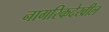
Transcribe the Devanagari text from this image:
नागरिकदेखील